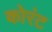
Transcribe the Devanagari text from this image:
कोरंट